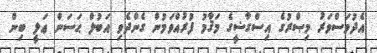
އެދުވަސްވަރު މިޞްރުގެ އިސްގާޟީގެ މަޤާމު ފުރުއްވަމުން ގެންދެވި އަބުލް ޙަސަން ޢަލީ ބިން